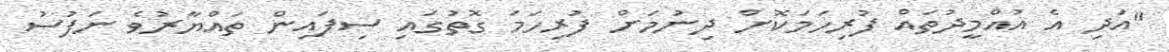
"އަދި އެ އުއްމީދުތައް ފުރިހަމަކޮށް ދިނުމަށް ފުރިހަމަ ގޮތުގައި ސިފައިން ތައްޔާރުވެ ނަފުސު